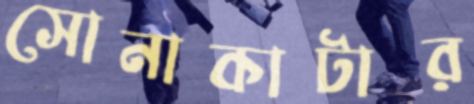
সোনাকাটার